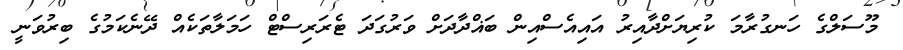
މޫސަލްގެ ހަނގުރާމަ ކުރިޔަށްދާއިރު އައިއެސްއިން ބަޣްދާދަށް ވަރުގަދަ ޓެރަރިސްޓް ހަމަލާތަކެއް ދޭނެކަމުގެ ބިރުވަނީ